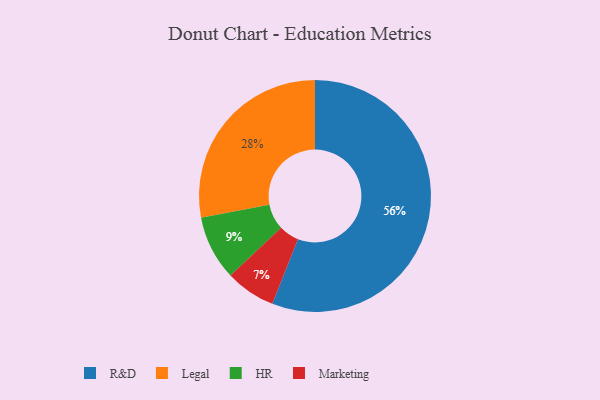
{"axis": {"x": "Category", "y": "Percentage"}, "legend": ["HR", "Legal", "Marketing", "R&D"], "data": [{"x": "Legal", "y": 28, "type": "Legal"}, {"x": "HR", "y": 9, "type": "HR"}, {"x": "Marketing", "y": 7, "type": "Marketing"}, {"x": "R&D", "y": 56, "type": "R&D"}]}